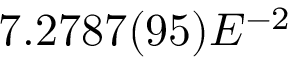
7 . 2 7 8 7 ( 9 5 ) E ^ { - 2 }